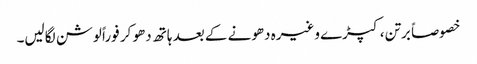
خصوصاً برتن، کپڑے وغیرہ دھونے کے بعد ہاتھ دھو کر فوراً لوشن لگالیں۔